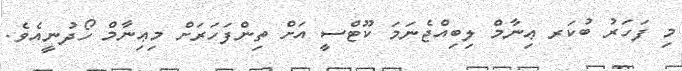
މި ފަހަރު ބުކަރ ޢިނާމް ލިބިއްޖެނަމަ ކޫޓްސީ އަށް ތިންފަހަރަށް މިޢިނާމް ހޯދުނީއެވެ.